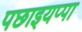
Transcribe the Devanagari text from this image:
पछाइयप्पा